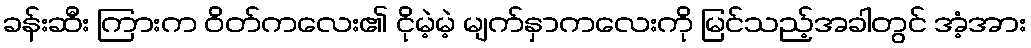
ခန်းဆီး ကြားက ဝိတ်ကလေး၏ ငိုမဲ့မဲ့ မျက်နှာကလေးကို မြင်သည့်အခါတွင် အံ့အား